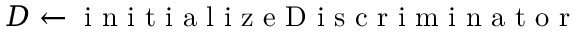
D \gets \mathrm { ~ i ~ n ~ i ~ t ~ i ~ a ~ l ~ i ~ z ~ e ~ D ~ i ~ s ~ c ~ r ~ i ~ m ~ i ~ n ~ a ~ t ~ o ~ r ~ }